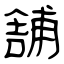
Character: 舗